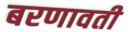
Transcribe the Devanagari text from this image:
बरणावती